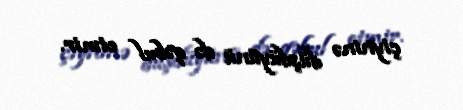
çiyninə düşdüyünü də qəbul etmir.